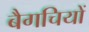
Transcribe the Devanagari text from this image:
बैगचियों